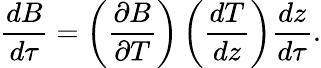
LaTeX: \frac{dB}{d\tau}=\left(\frac{\partial B}{\partial T}\right)\left(\frac{dT}{dz}\right)\frac{dz}{d\tau}.